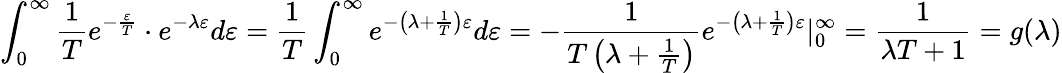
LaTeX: \int_{0}^{\infty}{\frac{1}{T}}e^{-{\frac{\varepsilon}{T}}}\cdot e^{-\lambda\varepsilon}d\varepsilon={\frac{1}{T}}\int_{0}^{\infty}e^{-\left(\lambda+{\frac{1}{T}}\right)\varepsilon}d\varepsilon=-{\frac{1}{T\left(\lambda+{\frac{1}{T}}\right)}}e^{-\left(\lambda+{\frac{1}{T}}\right)\varepsilon}|_{0}^{\infty}={\frac{1}{\lambda T+1}}=g(\lambda)